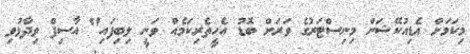
މިކަމަށް އެޑިއުކޭޝަން މިނިސްޓަރުގެ ވަރަށް ބޮޑު އެހީތެރިކަމެއް ވަނީ ލިބިފައި" އާސިފް ވިދާޅުވި